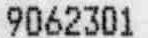
9062301